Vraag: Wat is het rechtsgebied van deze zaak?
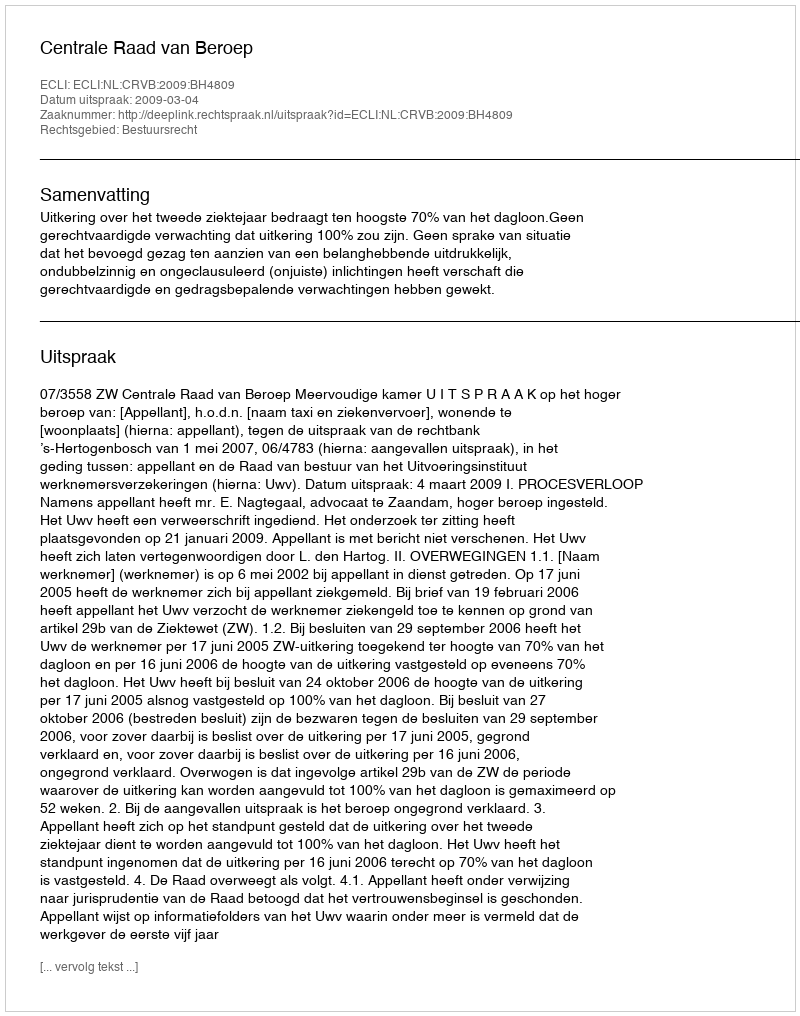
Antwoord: Bestuursrecht